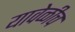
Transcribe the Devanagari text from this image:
यावेळीच